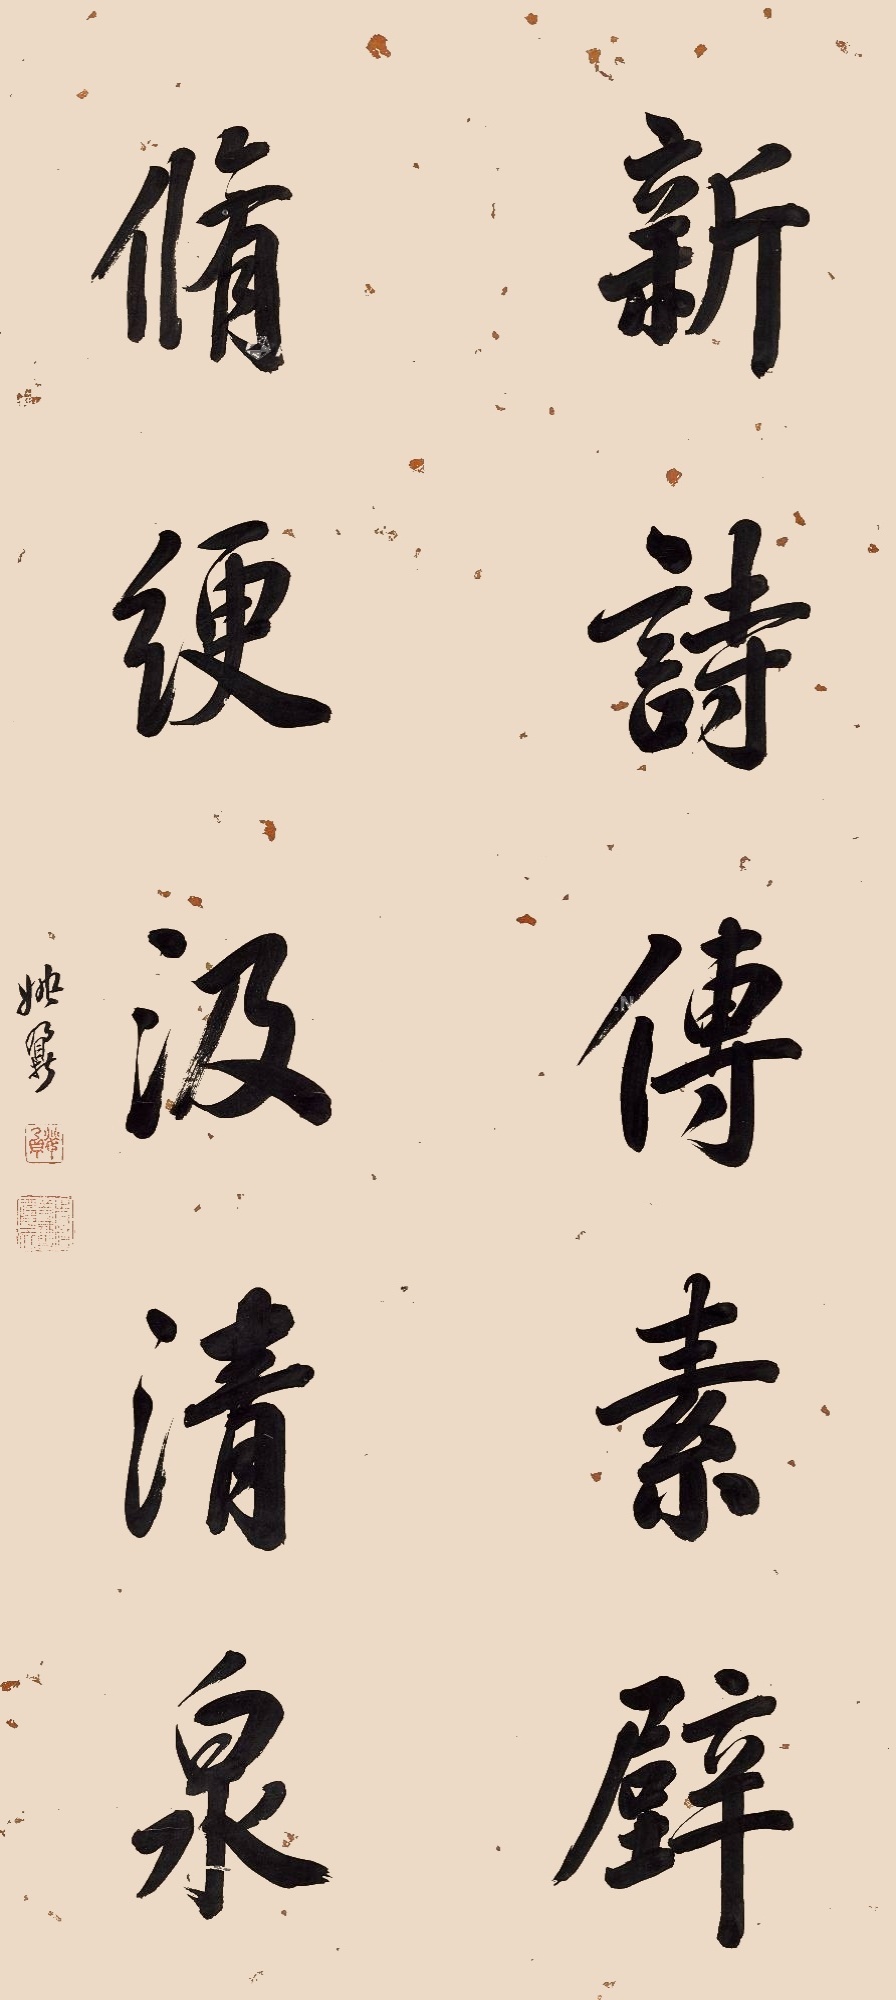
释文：新诗传素壁，修绠汲清泉。姚鼐。